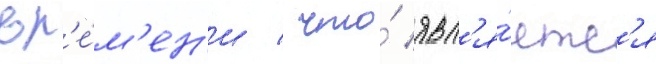
вр'е́м'ен'и / что́ явл'я́етс'я